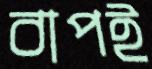
বাপই